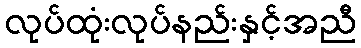
လုပ်ထုံးလုပ်နည်းနှင့်အညီ